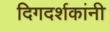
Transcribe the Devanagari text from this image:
दिगदर्शकांनी